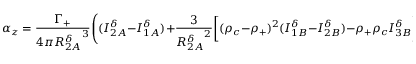
\alpha _ { z } = \frac { \Gamma _ { + } } { 4 \pi { R _ { 2 A } ^ { \delta } } ^ { 3 } } \Bigg ( ( I _ { 2 A } ^ { \delta } - I _ { 1 A } ^ { \delta } ) + \frac { 3 } { { R _ { 2 A } ^ { \delta } } ^ { 2 } } \bigg [ ( \rho _ { c } - \rho _ { + } ) ^ { 2 } ( I _ { 1 B } ^ { \delta } - I _ { 2 B } ^ { \delta } ) - \rho _ { + } \rho _ { c } I _ { 3 B } ^ { \delta } \bigg ] \Bigg )